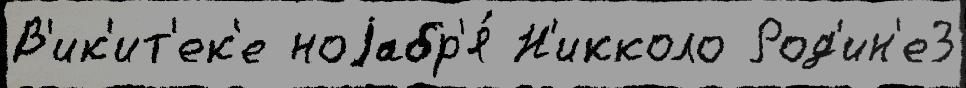
В'ик'ит'ек'е ноjабр'я́ Н'икколо Род'ин'е3